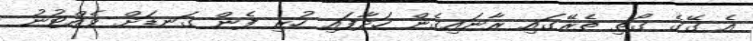
އެ ގޭގެ ގޯތި ތެރޭގައި ރާނައިގެން ހަދާފައި ހުރި ފެން ގަނޑަށް ވެއްޓުނު